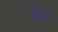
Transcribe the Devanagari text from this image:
येगं